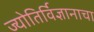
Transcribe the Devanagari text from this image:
ज्योतिर्विज्ञानाचा